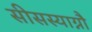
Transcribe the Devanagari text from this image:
सीसस्याग्नौ